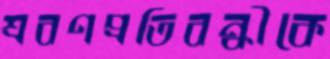
শ্রবণপ্রতিবন্ধীকে